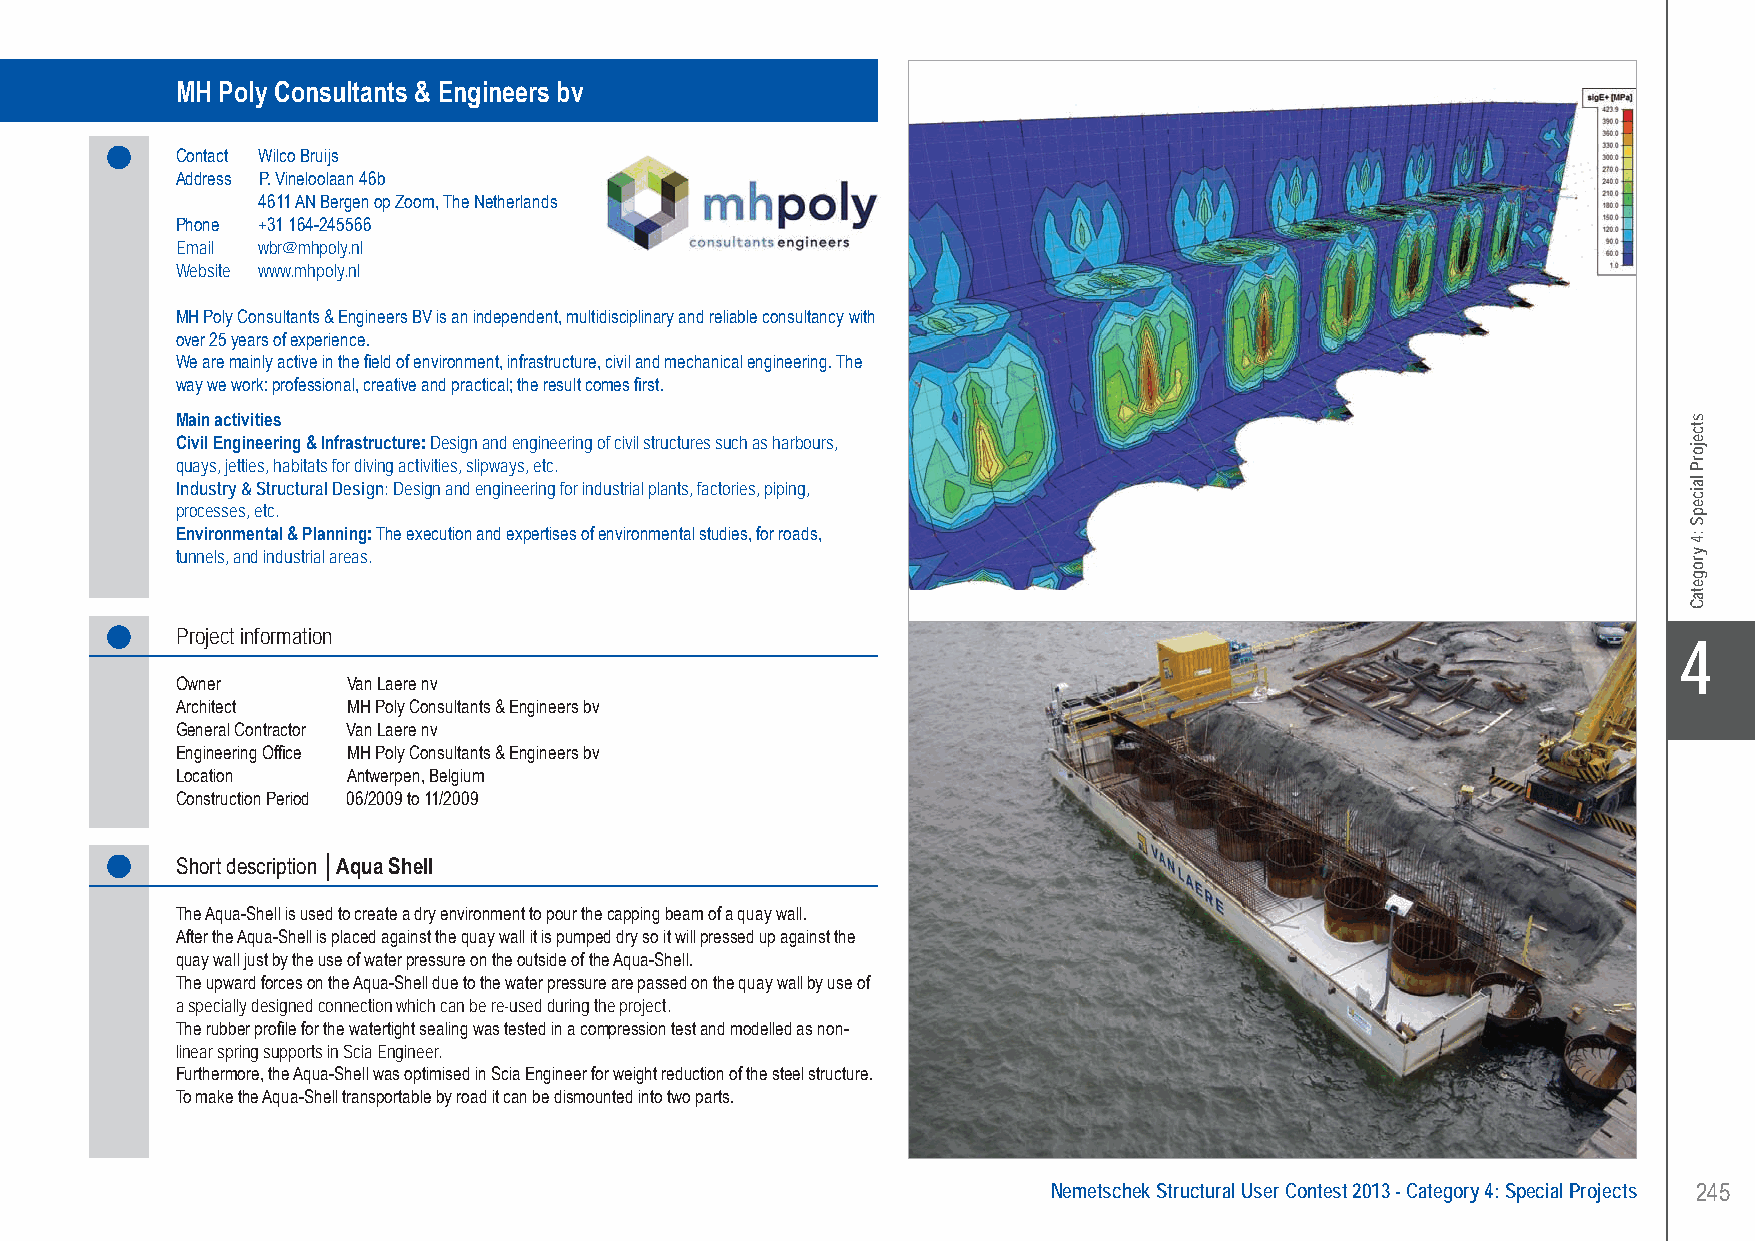
MH Poly Consultants & Engineers bv . . . . . .Aqua Shell - Antwerpen, Belgium
 MH Poly Consultants & Engineers bv
 Contact Wilco Bruijs
 Address P. Vineloolaan 46b
 4611 AN Bergen op Zoom, The Netherlands
 Phone +31 164-245566
 Email wbr@mhpoly.nl
 Website www.mhpoly.nl
 MH Poly Consultants & Engineers BV is an independent, multidisciplinary and reliable consultancy with
 over 25 years of experience.
 We are mainly active in the field of environment, infrastructure, civil and mechanical engineering. The
 way we work: professional, creative and practical; the result comes first.
 Main activities
 Civil Engineering & Infrastructure: Design and engineering of civil structures such as harbours,
 quays, jetties, habitats for diving activities, slipways, etc.
 Industry & Structural Design: Design and engineering for industrial plants, factories, piping,
 processes, etc.
 Environmental & Planning: The execution and expertises of environmental studies, for roads,
 tunnels, and industrial areas.
 Project information
 X4
 Owner      Van Laere nv
 Architect  MH Poly Consultants & Engineers bv
 General Contractor Van Laere nv
 Engineering Office MH Poly Consultants & Engineers bv
 Location   Antwerpen, Belgium
 Construction Period 06/2009 to 11/2009
 Short description │Aqua Shell
 The Aqua-Shell is used to create a dry environment to pour the capping beam of a quay wall.
 After the Aqua-Shell is placed against the quay wall it is pumped dry so it will pressed up against the
 quay wall just by the use of water pressure on the outside of the Aqua-Shell.
 The upward forces on the Aqua-Shell due to the water pressure are passed on the quay wall by use of
 a specially designed connection which can be re-used during the project.
 The rubber profile for the watertight sealing was tested in a compression test and modelled as non-
 linear spring supports in Scia Engineer.
 Furthermore, the Aqua-Shell was optimised in Scia Engineer for weight reduction of the steel structure.
 To make the Aqua-Shell transportable by road it can be dismounted into two parts.
 Nemetschek Structural User Contest 2013 - Category 4: Special Projects 245
 UC-2013-Book-V8.indd 245                                                                                  7/11/2013 11:55:00 AM
 stcejorP
 laicepS
 :4
 yrogetaC